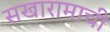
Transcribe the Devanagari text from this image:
सखारामाची